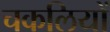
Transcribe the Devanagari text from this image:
चकलियों